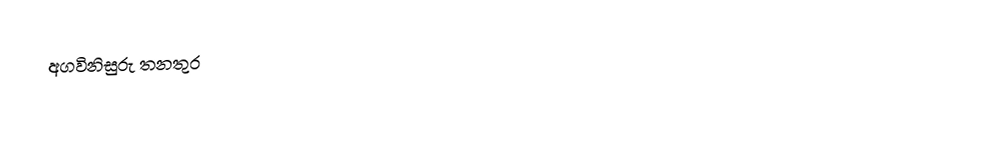
අගවිනිසුරු තනතුර